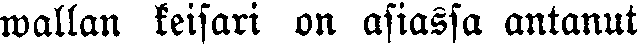
wallan keisari on asiassa antanut